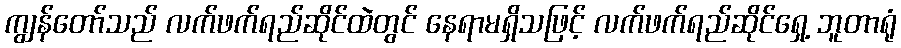
ကျွန်တော်သည် လက်ဖက်ရည်ဆိုင်ထဲတွင် နေရာမရှိသဖြင့် လက်ဖက်ရည်ဆိုင်ရှေ့ ဘူတာရုံ